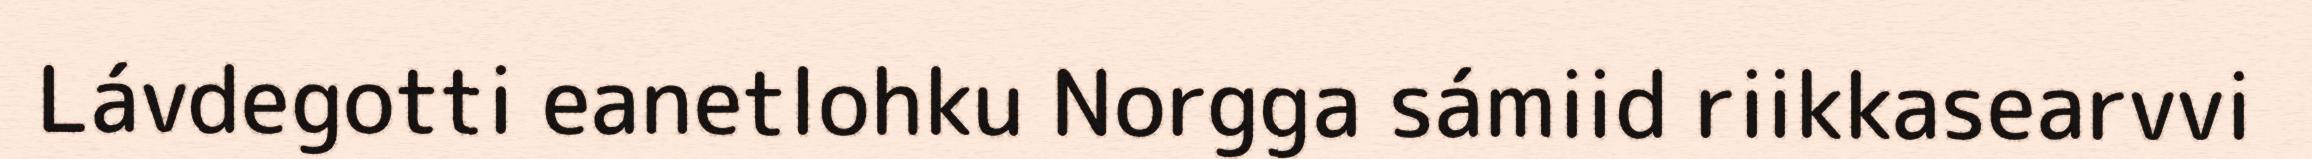
Lávdegotti eanetlohku Norgga sámiid riikkasearvvi